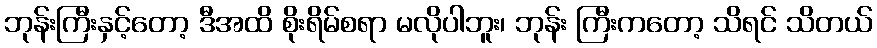
ဘုန်းကြီးနှင့်တော့ ဒီအထိ စိုးရိမ်စရာ မလိုပါဘူး၊ ဘုန်း ကြီးကတော့ သိရင် သိတယ်